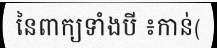
នៃពាក្យទាំងបី ៖កាន់(